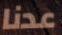
عدنا